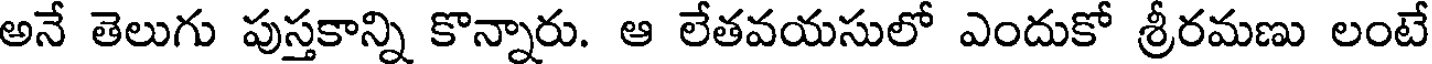
అనే తెలుగు పుస్తకాన్ని కొన్నారు. ఆ లేతవయసులో ఎందుకో శ్రీరమణు లంటే